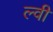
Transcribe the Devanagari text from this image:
ल्वी